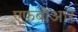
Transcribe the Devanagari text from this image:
एफबीआर